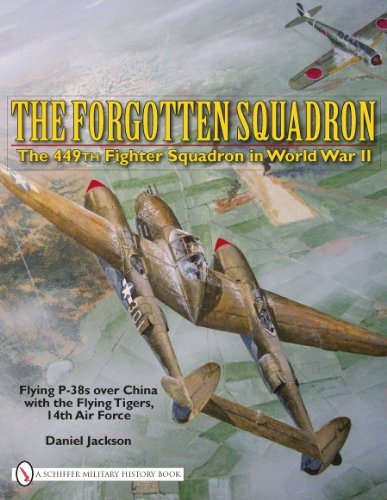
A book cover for The Forgotten Squadron: The 449th Fighter Squadron in World War II - Flying P-38s with the Flying Tigers, 14th Air Force; Daniel Jackson; History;